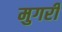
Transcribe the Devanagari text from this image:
मुगरी